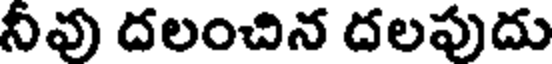
నీవు దలంచిన దలపుదు